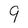
Character: 9